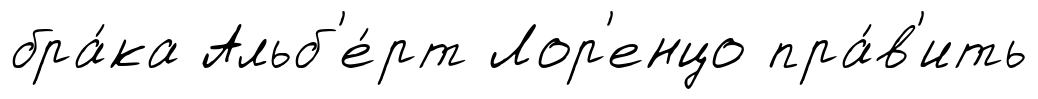
бра́ка Альб'е́рт Лор'енцо пра́в'ить